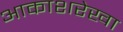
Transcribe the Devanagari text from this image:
आकाशरेखा